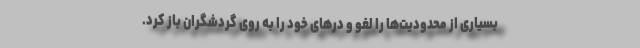
بسیاری از محدودیت‌ها را لغو و درهای خود را به روی گردشگران باز کرد.